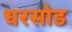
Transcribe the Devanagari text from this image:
धरसोड